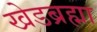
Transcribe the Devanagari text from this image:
खेडब्रह्मा